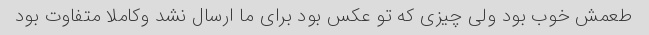
طعمش خوب بود ولی چیزی که تو عکس بود برای ما ارسال نشد وکاملا متفاوت بود